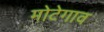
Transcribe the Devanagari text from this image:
मोटेगाव